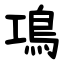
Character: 䲨